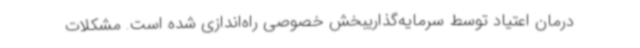
درمان اعتیاد توسط سرمایه‌گذاریبخش خصوصی راه‌اندازی شده است. مشکلات